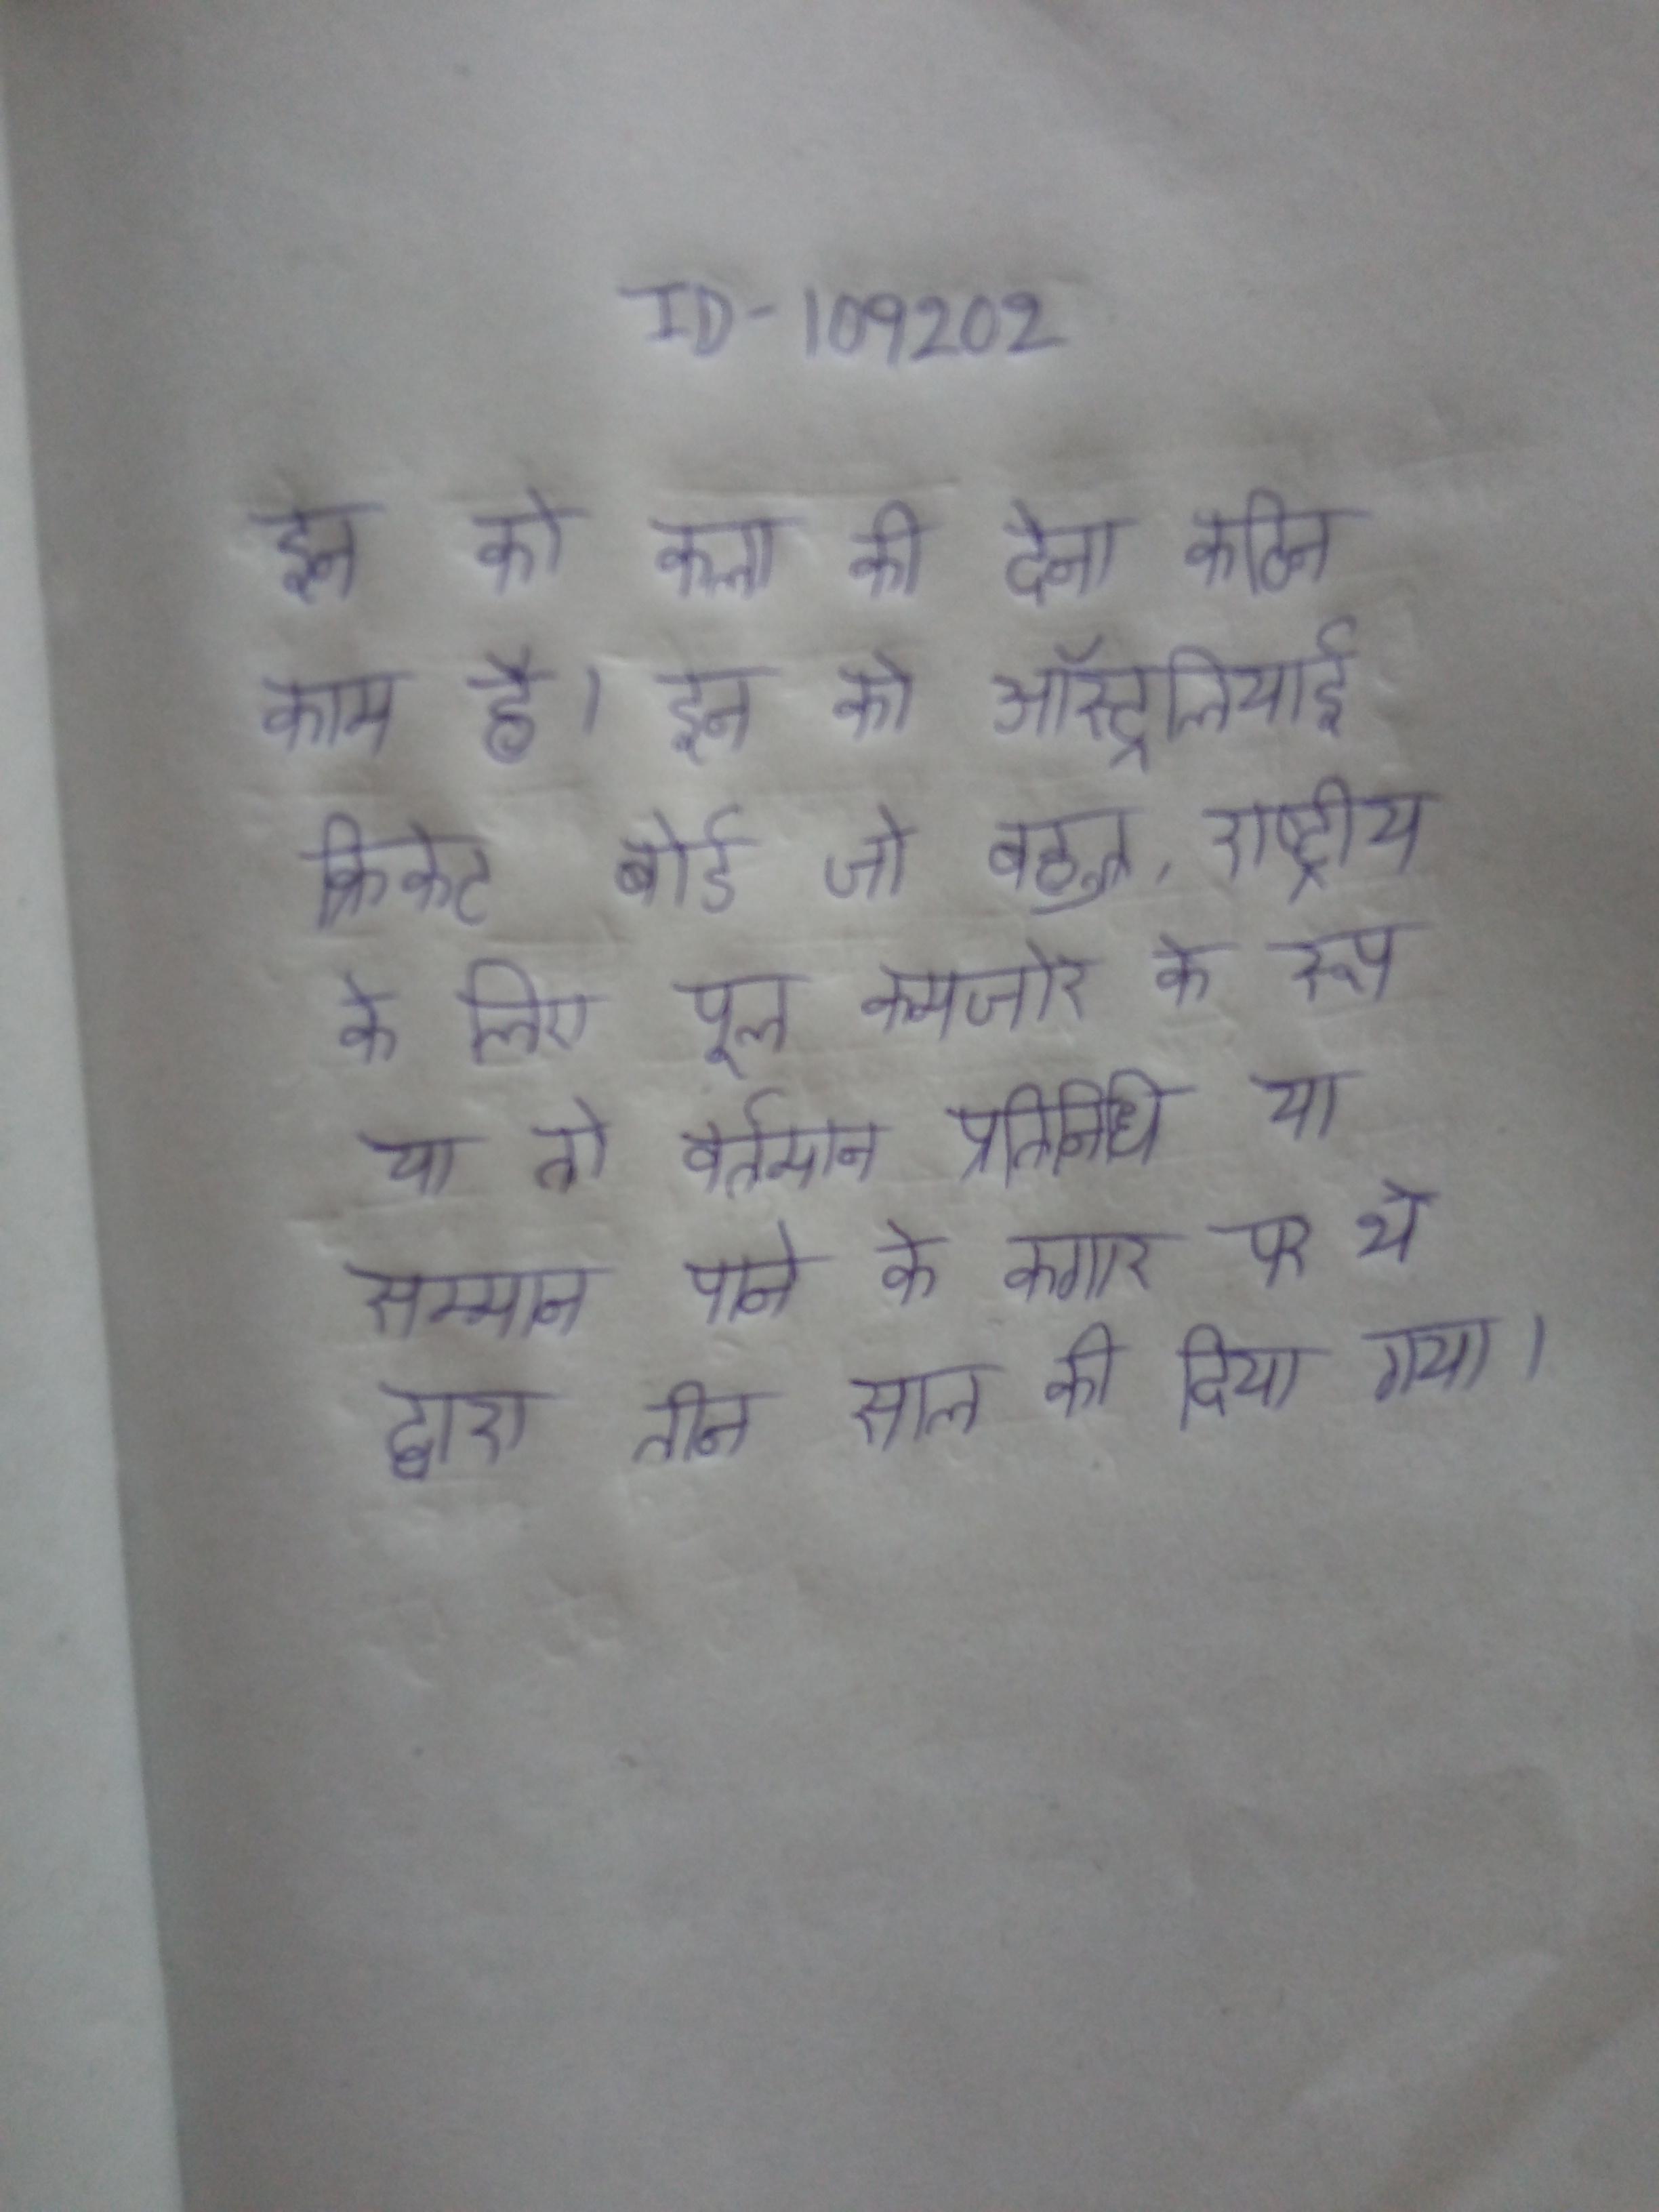
इन को कला की देना कठिन काम है । इन को ऑस्ट्रेलियाई क्रिकेट बोर्ड जो बहुत, राष्ट्रीय के लिए पूल कमजोर के रूप या तो वर्तमान प्रतिनिधि या सम्मान पाने के कगार पर थे द्वारा तीन साल की दिया गया ।